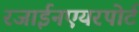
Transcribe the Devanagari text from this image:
रजाईनएयरपोर्ट